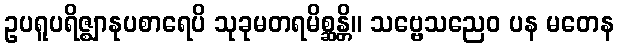
ဥပရူပရိဇ္ဈာနုပစာရေပိ သုခုမတရမိစ္ဆန္တိ။ သဗ္ဗေသညေဝ ပန မတေန